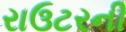
રાઉટરની